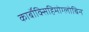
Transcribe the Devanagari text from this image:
कार्बॉक्सिहिमोग्लोबिन